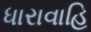
ધારાવાહિ